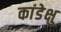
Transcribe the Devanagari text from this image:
कांडेक्षु